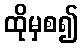
ထိုမှစ၍